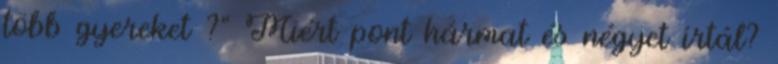
több gyereket ?" Miért pont hármat és négyet írtál?